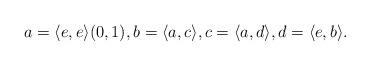
LaTeX: \begin{align*}a=\langle e,e \rangle (0,1), b=\langle a,c \rangle, c=\langle a,d \rangle, d=\langle e,b \rangle.\end{align*}